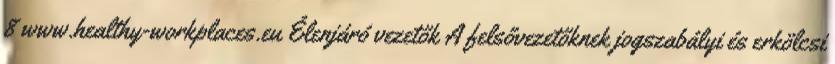
8 www.healthy-workplaces.eu Élenjáró vezetők A felsővezetőknek jogszabályi és erkölcsi